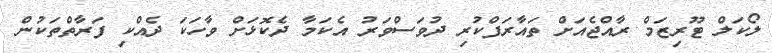
ލޯކަލް ޓޫރިޒަމް ރާއްޖެއަށް ތައާރަފްކުރި ދުވަސްވަރު އެކަމާ ދެކޮޅަށް ވާހަކަ ދެއްކި ފަރާތްތަކުން